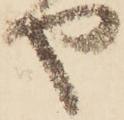
や